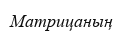
Матрицаның